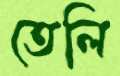
তেলি